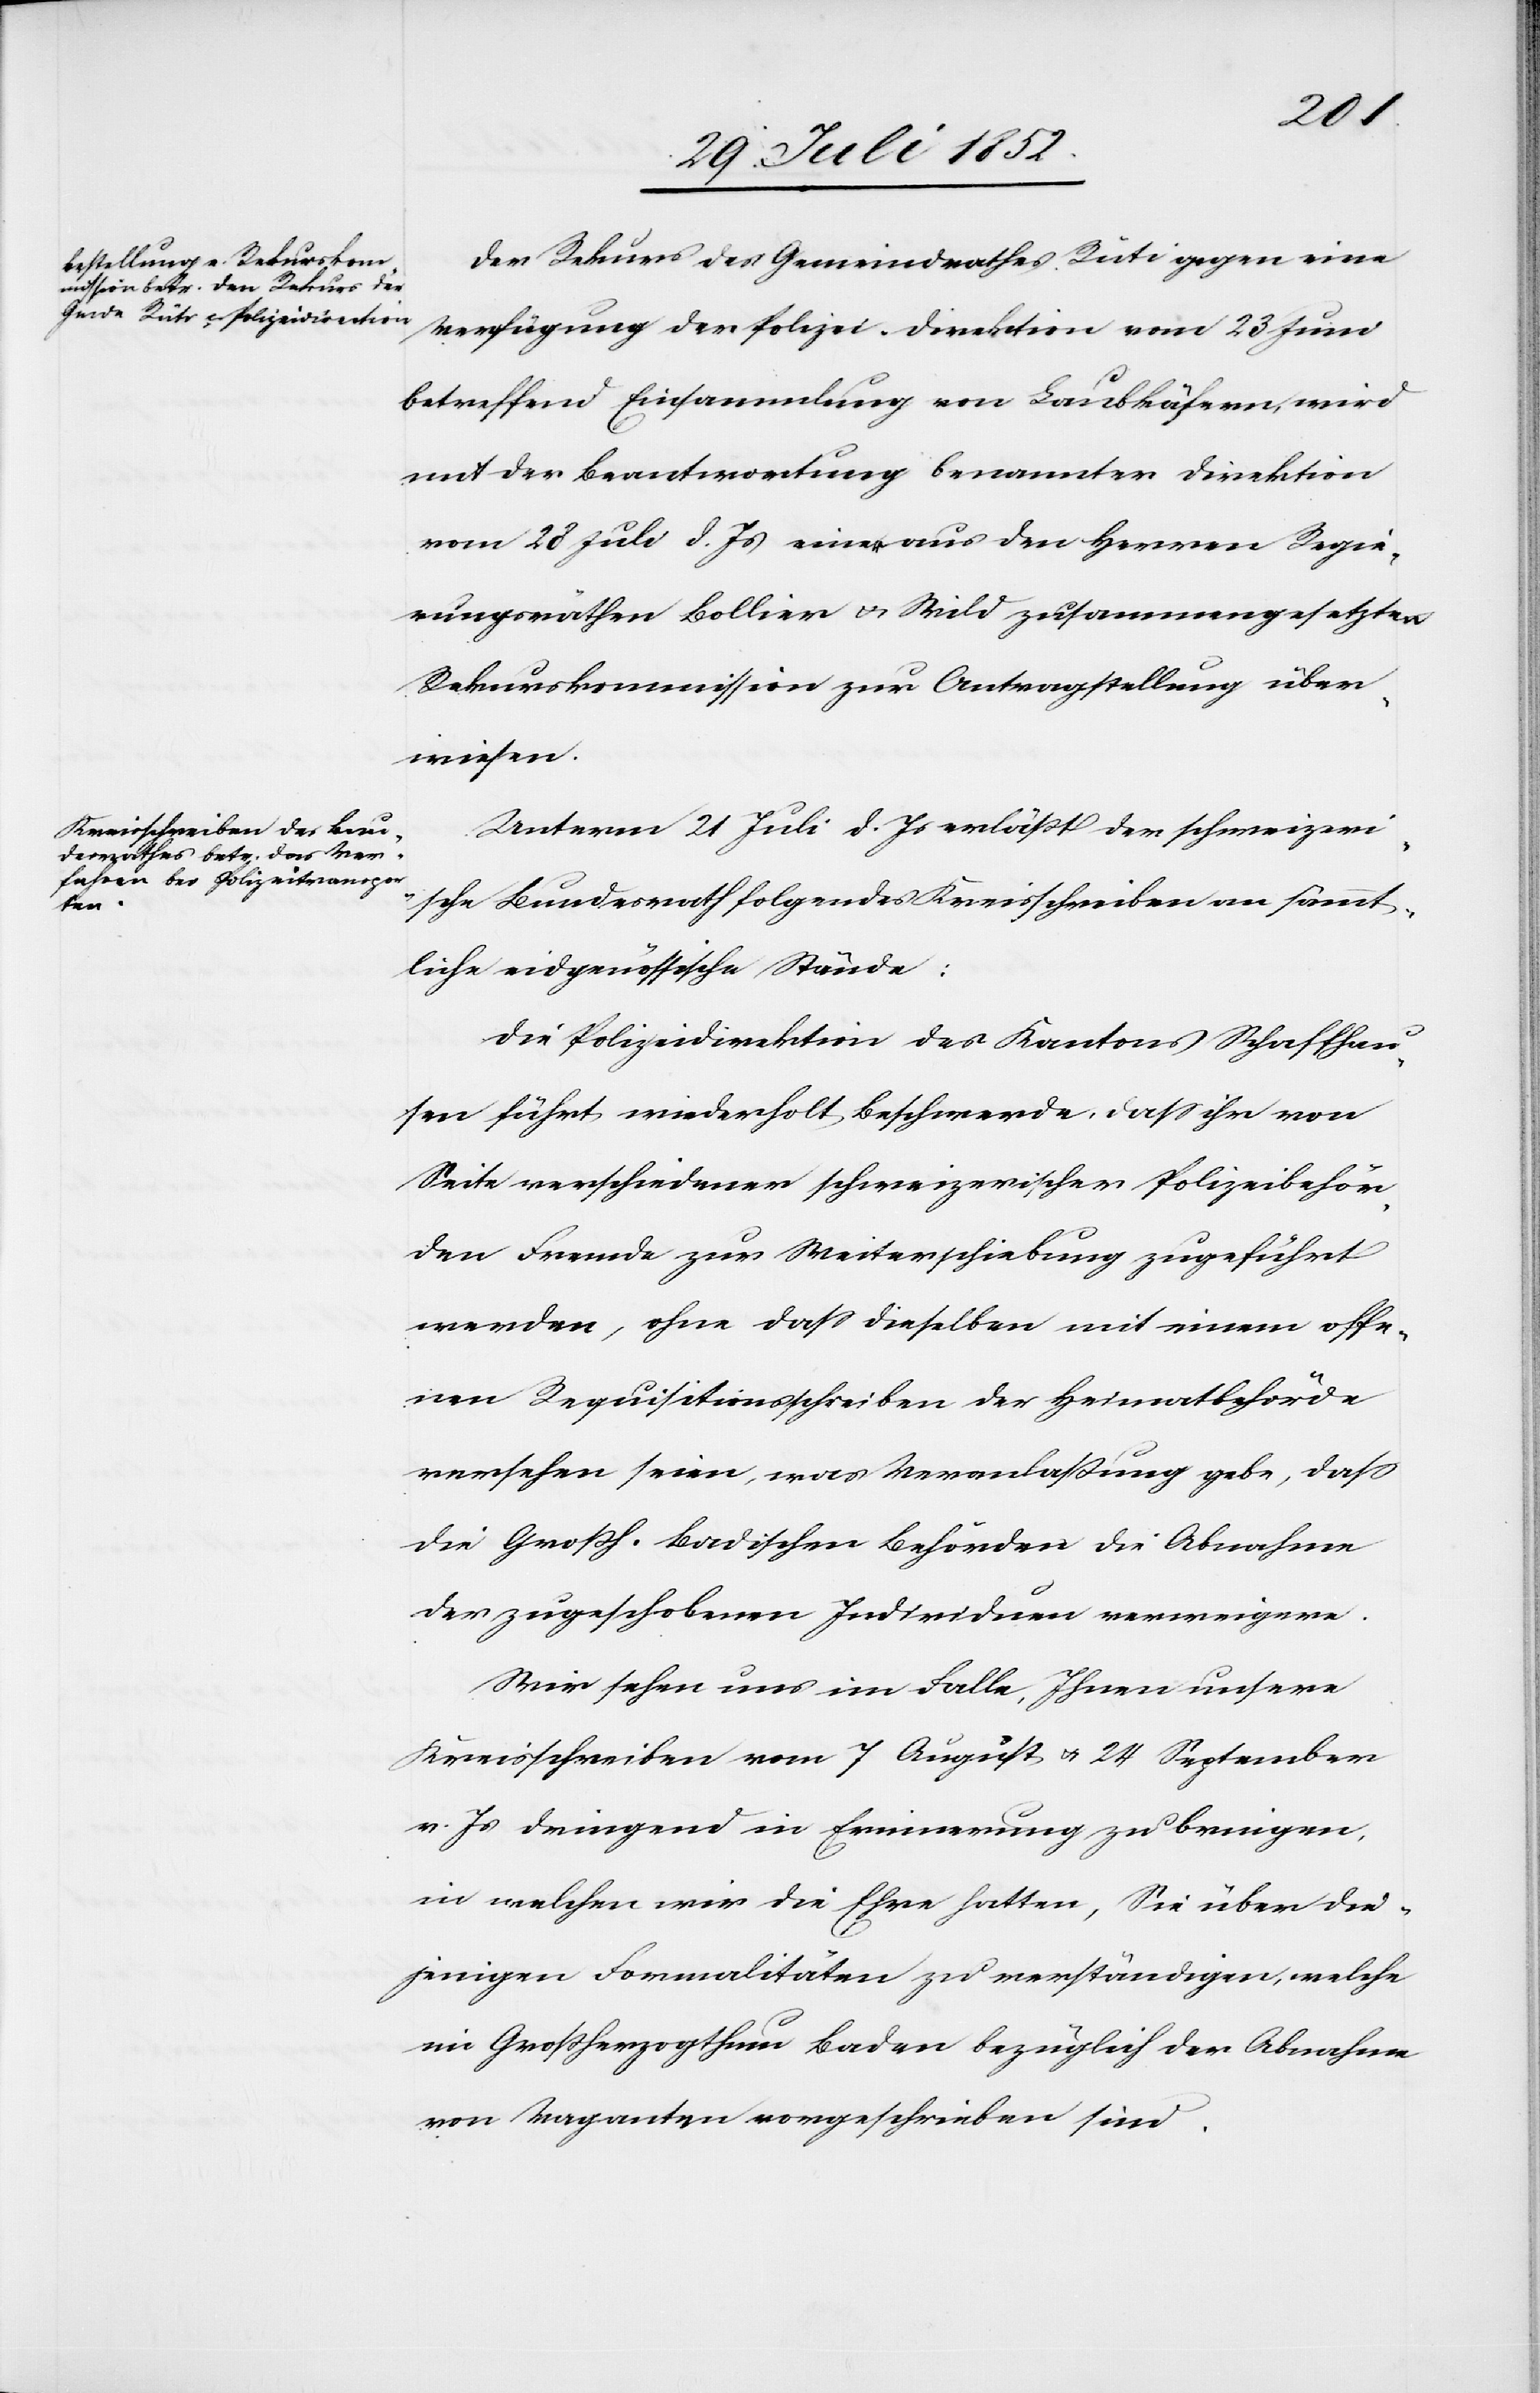
Der Rekurs des Gemeindrathes Rüti gegen eine
Verfügung der Polizei-Direktion vom 23 Juni
betreffend Einsammlung von Laubkäfern, wird
mit der Beantwortung benannter Direktion
vom 28 Juli d. Js einer aus den Herren Regie¬
rungsräthen Bollier & Wild zusammengesetzten
Rekurskommission zur Antragstellung über¬
wiesen.
Unterm 21 Juli d. Js erläßt der schweizeri¬
sche Bundesrath folgendes Kreisschreiben an sämmt¬
liche eidgenössische Stände:
Die Polizeidirektion des Kantons Schaffhau¬
sen führt wiederholt Beschwerde, dass ihr von
Seite verschiedener schweizerischer Polizeibehör¬
den Fremde zur Weiterschiebung zugeführt
werden, ohne dass dieselben mit einem offe¬
nen Requisitionsschreiben der Heimatbehörde
versehen seien, was Veranlaßung gebe, dass
die Großh. Badischen Behörden die Abnahme
der zugeschobenen Individuen verweigere.
Wir sehen uns im Falle, Ihnen unsere
Kreisschreiben vom 7 August & 24 September
v. Js dringend in Erinnerung zu bringen,
in welchen wir die Ehre hatten, Sie über die¬
jenigen Formalitäten zu verständigen, welche
im Großherzogthum Baden bezüglich der Abnahme
von Vaganten vorgeschrieben sind.